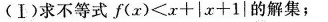
(Ⅰ)求不等式$$f ( x ) < x + | x + 1 |$$的解集；